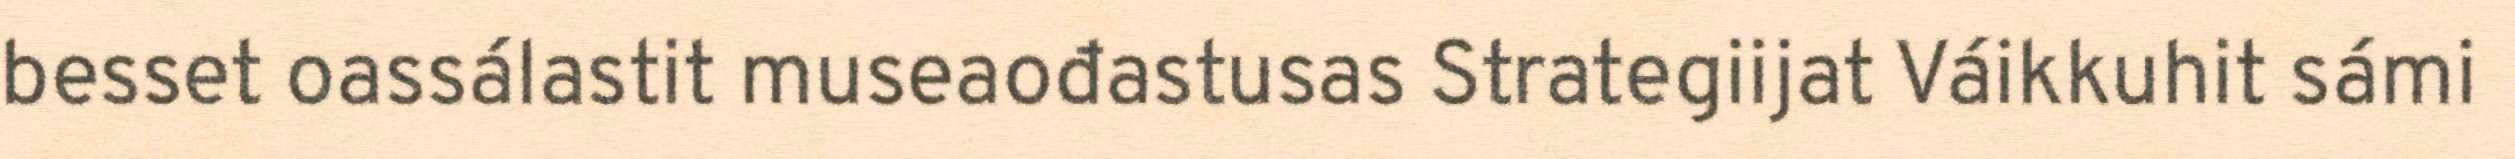
besset oassálastit museaođastusas Strategiijat Váikkuhit sámi